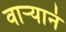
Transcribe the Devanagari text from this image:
वार्‍यानं